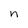
Character: n